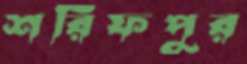
শরিফপুর